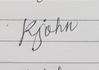
Signature authenticity: genuine